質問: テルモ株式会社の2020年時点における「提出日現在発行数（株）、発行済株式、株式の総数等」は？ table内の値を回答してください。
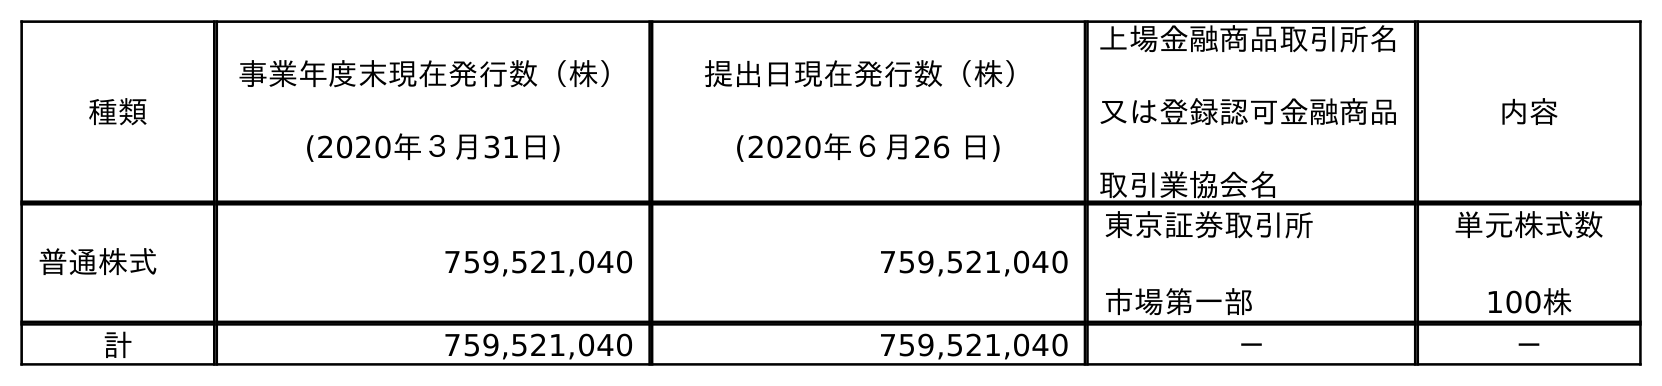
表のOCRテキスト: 種類 事業年度末現在発行数（株） (2020年３月31日) 提出日現在発行数（株） (2020年６月26 日) 上場金融商品取引所名 又は登録認可金融商品 取引業協会名 内容 普通株式 759,521,040 759,521,040 東京証券取引所 市場第一部 単元株式数 100株 計 759,521,040 759,521,040 － －
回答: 759,521,040